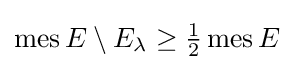
\operatorname {mes} E\setminus E_{\lambda }\geq {\tfrac {1}{2}}\operatorname {mes} E